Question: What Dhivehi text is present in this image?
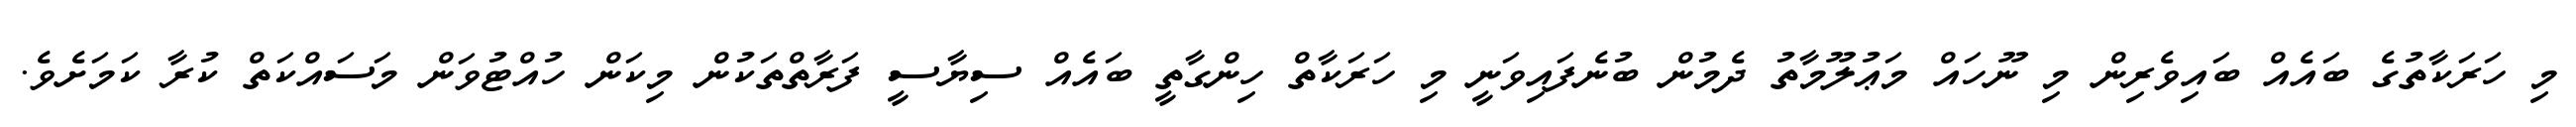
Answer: މި ހަރަކާތުގެ ބައެއް ބައިވެރިން މި ނޫހައް މަޢުލޫމާތު ދެމުން ބުނެފައިވަނީ މި ހަރަކާތް ހިންގާތީ ބައެއް ސިޔާސީ ފަރާތްތަކުން މިކަން ހުއްޓުވަން މަސައްކަތް ކުރާ ކަމަށެވެ.